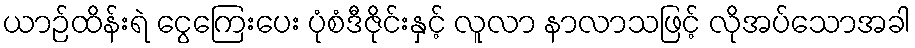
ယာဉ်ထိန်းရဲ ငွေကြေးပေး ပုံစံဒီဇိုင်းနှင့် လူလာ နာလာသဖြင့် လိုအပ်သောအခါ